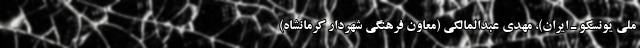
ملی یونسکو ـ ایران)، مهدی عبدالمالکی (معاون فرهنگی شهردار کرمانشاه)